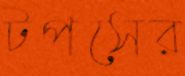
টপসের